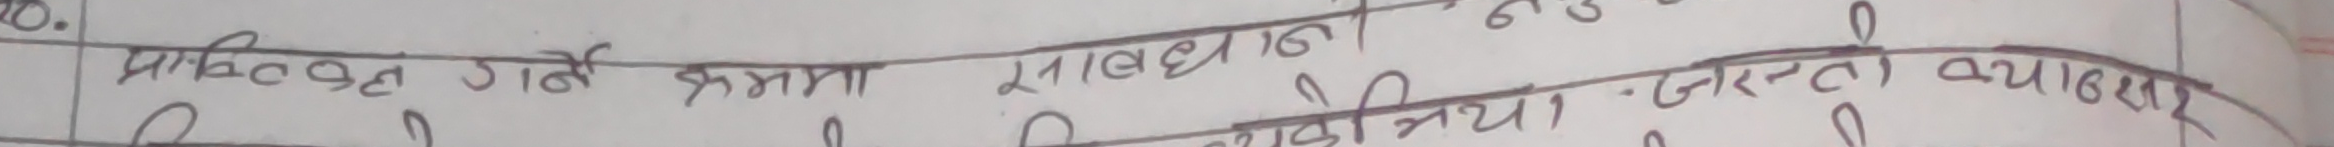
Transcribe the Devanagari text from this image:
प्राक्चतन गर्भ सम्मा स्रावधानिया जस्तो ब्याबसा